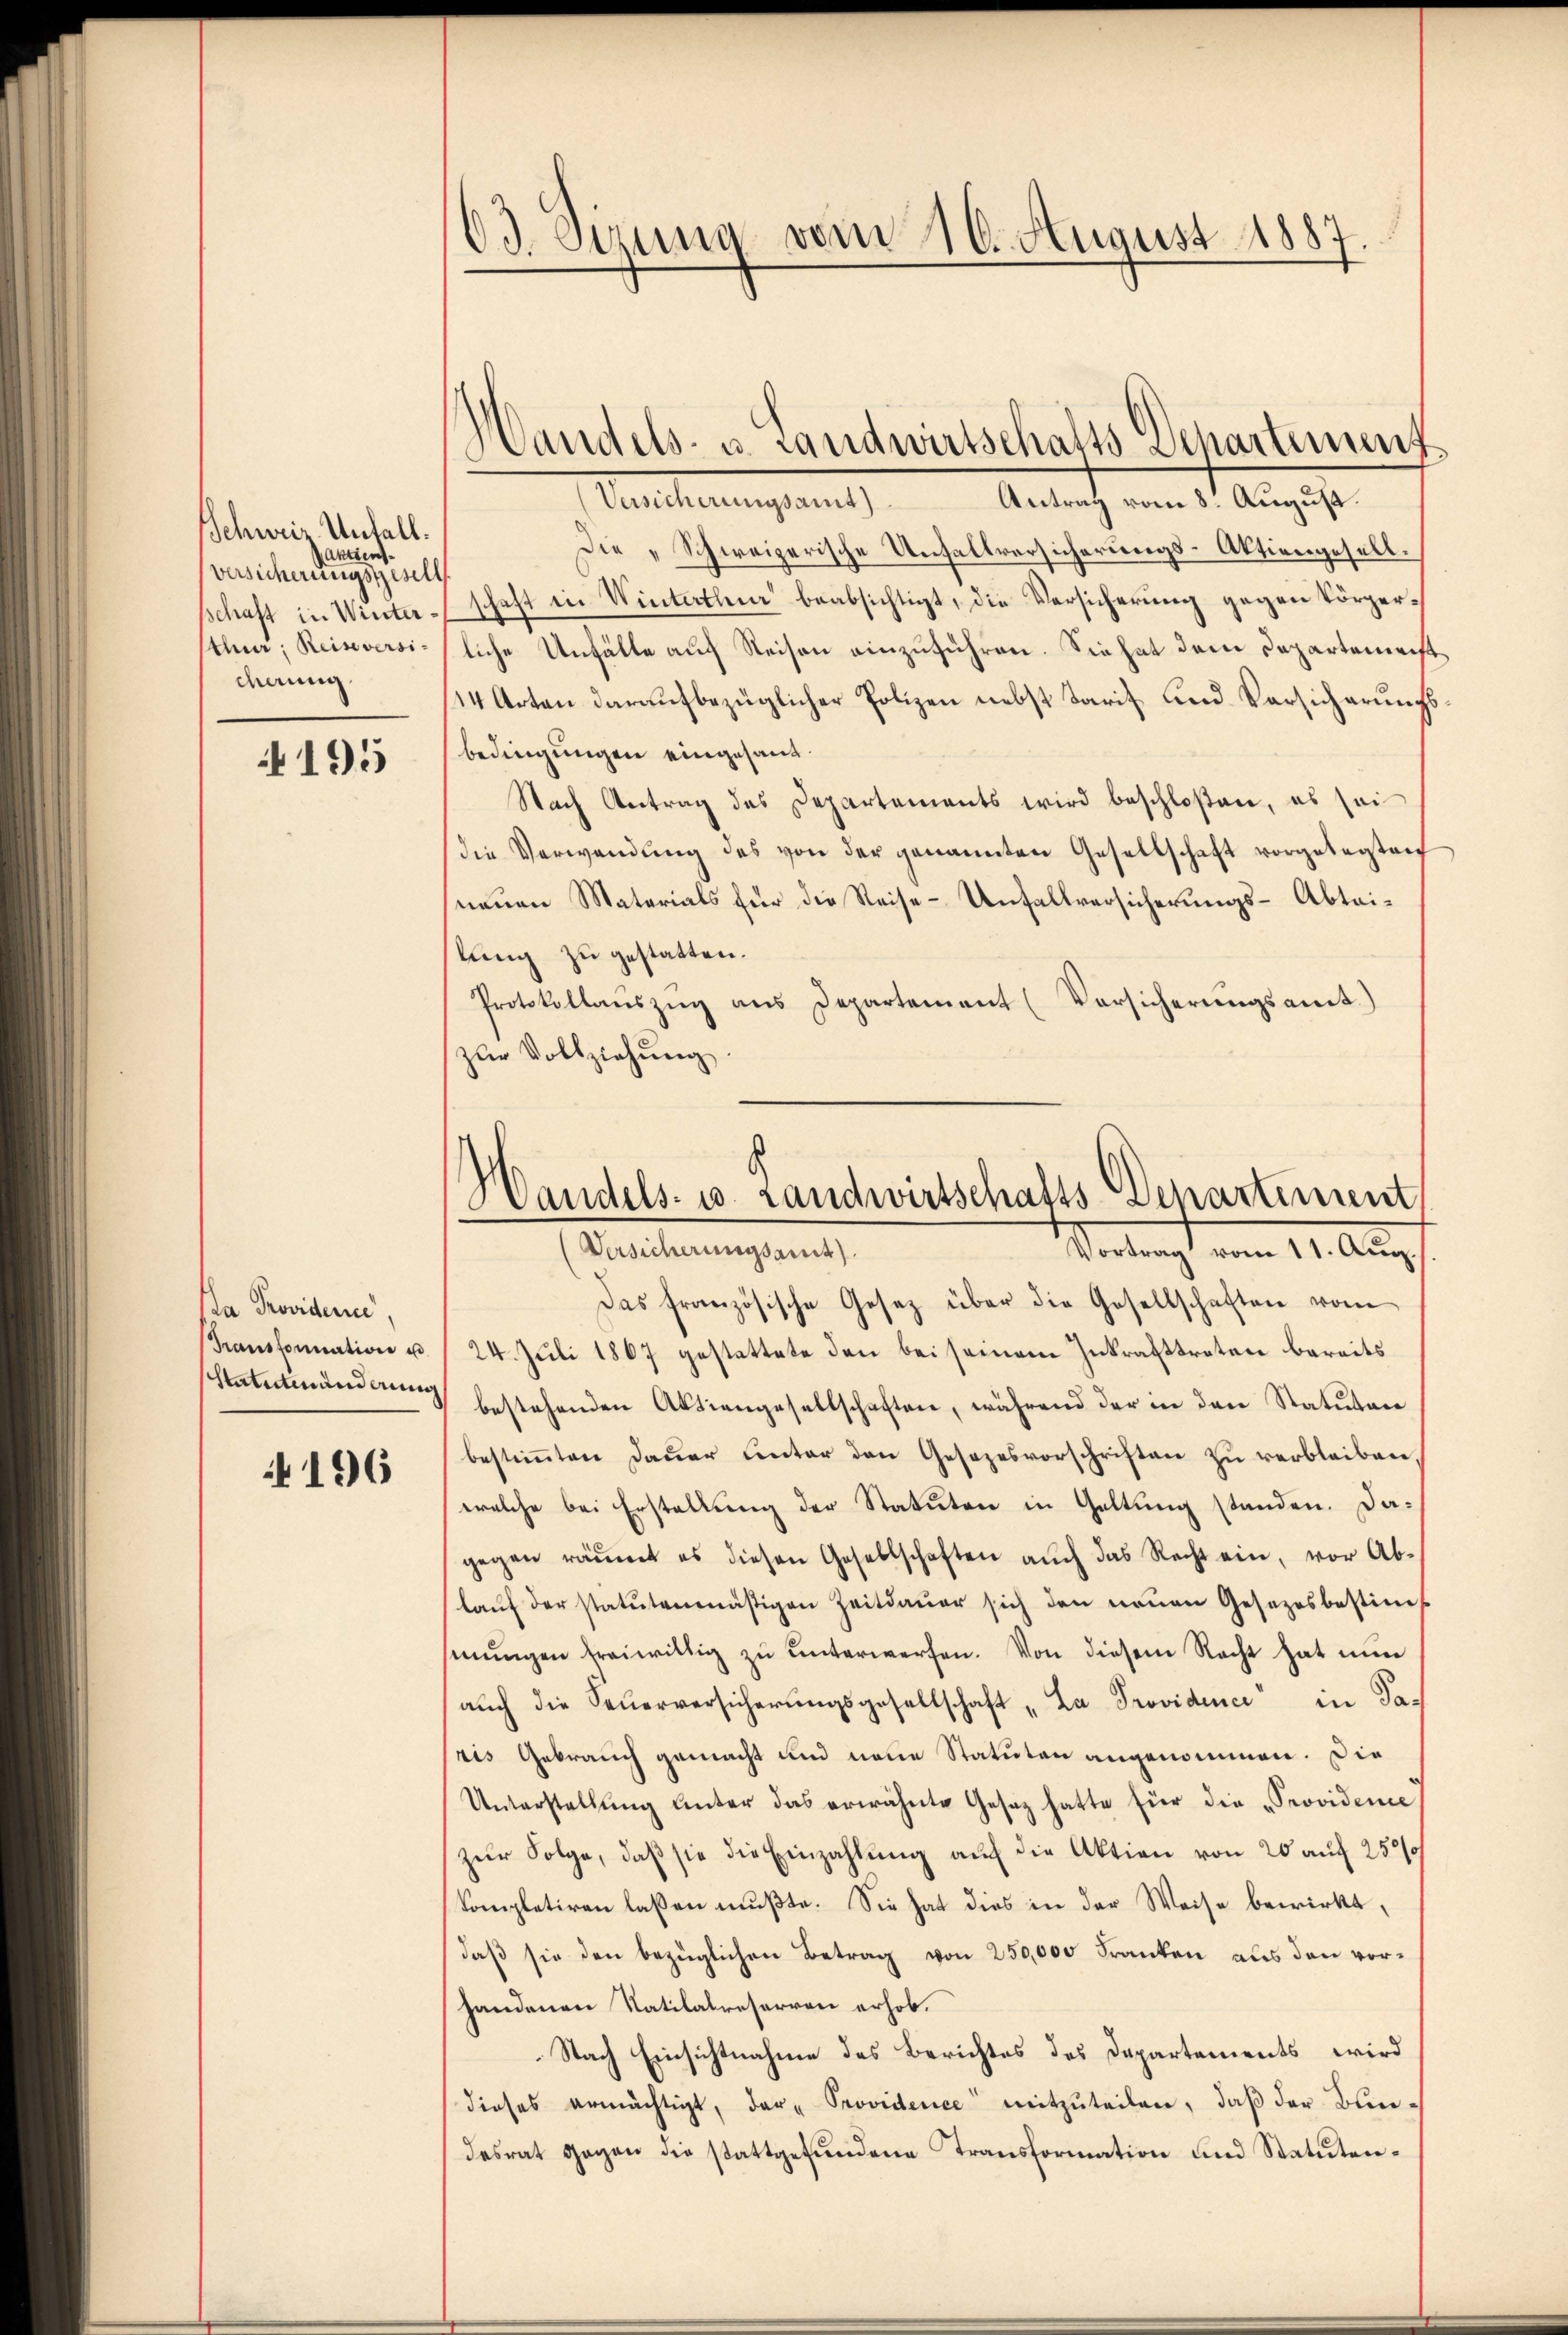
Schweiz. Unfall.
Aktiens
Versicherungsgesell
sthur, Reiseversi-
derung

195

Da Providence,
Transformation u
Statutenänderung

196

63. Sizung vom 10. August 1887

Antlich vom 1. Aug. 1
Sentierungsang
Die „Schweizerische Unfallversicherungs-Aktiengesell.
schaft in Winterschaft in Winterthen beabsichtigt, die Versicherung gegen körperliche Unfälle auf Reisen einzuführen. Sie hat dem Departement
14 Arten daraufbezüglicher Polizen nebst Tarif und Versicherungsbedingungen eingesand¬
Nach Antrag des Departements wird beschloßen, es sei
die Verwandŭng des von der genannten Gesellschaft vorgelegten
neuen Materials für die Reise- Unfallversicherungs-Abteilung zu gestatten.
Protokollanszŭg ans Departement (Vorsicherŭngsamt
zŭr Vollziehung.

Handels- u. Landwirtschafts Departement

Handels- u. Landwirtschafts-Departiment
Versicherungsamt).
Vortragt vom 1. Aug

Das französische Gesetz über die Gesellschaften vom
24. Juli 1867 gestattete den bei seinem Inkrafttreten bereits
bestehenden Aktiengesellschaften, während der in den Statuten
bestimmten Dauer unter den Gesezesvorschriften zu verbleiben,
welche bei Erstellung der Statuten in Geltung standen. Dagegen räumt es diesen Gesellschaften aŭch das Recht ein, vor Ab-
laŭf der statutenmäßigen Zeitdauer sich den neuen Gesetzesbestim
sinŭngen freiwillig zŭ ŭnterwerfen. Von diesem Recht hat nŭn
aŭch die Feŭerversicherŭngsgesellschaft „La Providener in Paris Gebrauch gemacht und neue Statuten angenommen. Die
Unterstellŭng ŭnter das erwähnte Gesetz hatte für die Providence
zur Folge, daß sie die Einzahlung auf die Aktion von 20 auf 250
kompletiren laßen mußte. Sie hat dies in der Weise bewirkt,
daß sie den bezüglichen Betrag von 250,000 Franken aus den vorhandenen Natilalreserren erhob.
Nach Einsichtnahme des Berichtes des Departements, wird
dieses ermächtigt, der Providence mitzŭteilen, daβ der Bundesrat gegen die stattgefŭndene Transformation und Statuten¬